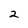
Character: 2